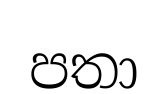
පතා